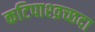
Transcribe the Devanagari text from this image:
कटिपाश्व्रच्छदा